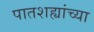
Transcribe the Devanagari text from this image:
पातशह्यांच्या